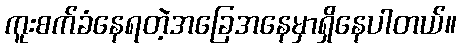
ကူးစက်ခံနေရတဲ့အခြေအနေမှာရှိနေပါတယ်။